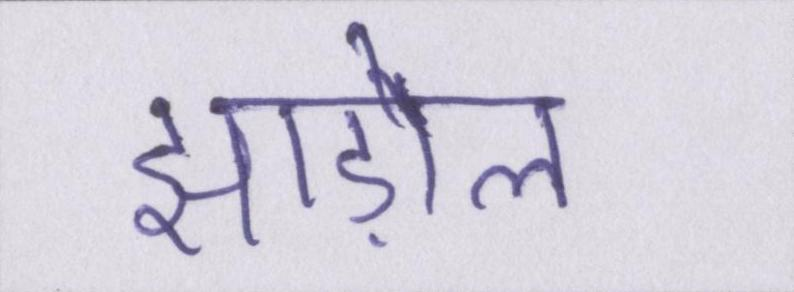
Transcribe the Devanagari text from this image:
झाड़ोल